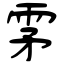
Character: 雺